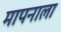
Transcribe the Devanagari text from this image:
मापनाला